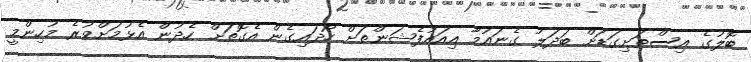
ބޮލުގެ އިސްތަށިގަޑަށް ބަދަލު ގެނައުމާ އިއައުފެޝަންތަށް ހޯދައިގެން އެގޮތަށް ހެދުން އެޅުމަށްވުރެ މުހިންމީ